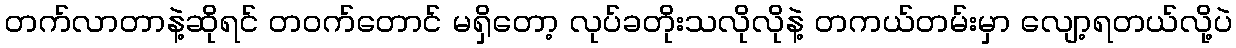
တက်လာတာနဲ့ဆိုရင် တဝက်တောင် မရှိတော့ လုပ်ခတိုးသလိုလိုနဲ့ တကယ်တမ်းမှာ လျော့ရတယ်လို့ပဲ